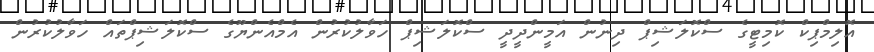
އޮލިމްޕިކް ކޮމިޓީގެ ސްކޮލަޝިޕް ދިނުން އަމީންދީދީ ސްކޮލަޝިޕް ހަވާލުކުރުން އެމްއެންޔޫގެ ސްކޮލަޝިޕްތައް ހަވާލުކުރުން